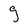
Character: g